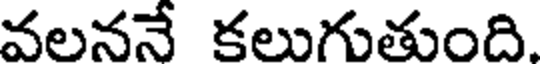
వలననే కలుగుతుంది.